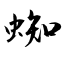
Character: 蜘